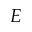
E